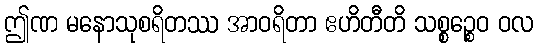
ဤဏ မနောသုစရိတဿ အာဝရိတာ ဧဟိတီတိ သစ္စဉ္စေဝ ဝလ